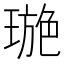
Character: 𤧾